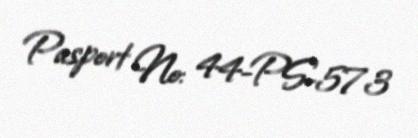
Pasport №: 44-PS-573